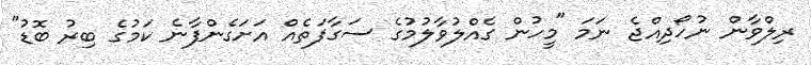
ރިލްވާން ނުހޯދިއްޖެ ނަމަ "މީހުން ގެއްލުވާލުމުގެ ސަގާފަތެއް އަށަގެންފާނެ ކަމުގެ ބިރު ބޮޑު"